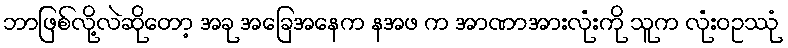
ဘာဖြစ်လို့လဲဆိုတော့ အခု အခြေအနေက နအဖ က အာဏာအားလုံးကို သူက လုံးဝဥဿုံ